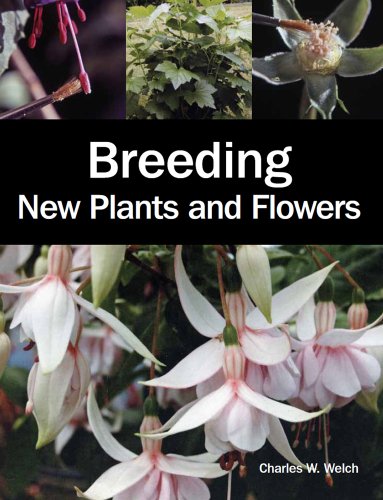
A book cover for Breeding New Plants and Flowers; Charles Welch; Science & Math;